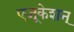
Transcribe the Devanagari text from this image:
एजूकेशन्